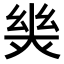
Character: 𢇈